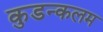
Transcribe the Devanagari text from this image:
कुडन्कलम